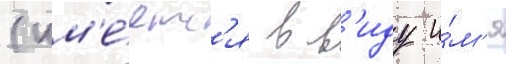
(им'е́етс'я в в'иду и́м'я